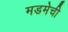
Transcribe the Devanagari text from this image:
मडमेची